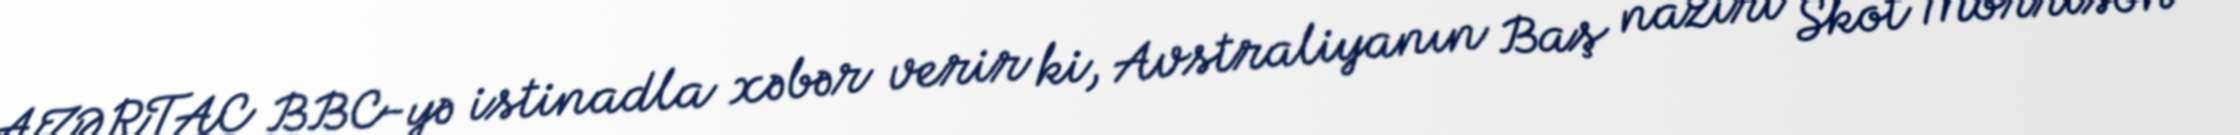
AZƏRTAC BBC-yə istinadla xəbər verir ki, Avstraliyanın Baş naziri Skot Morrison